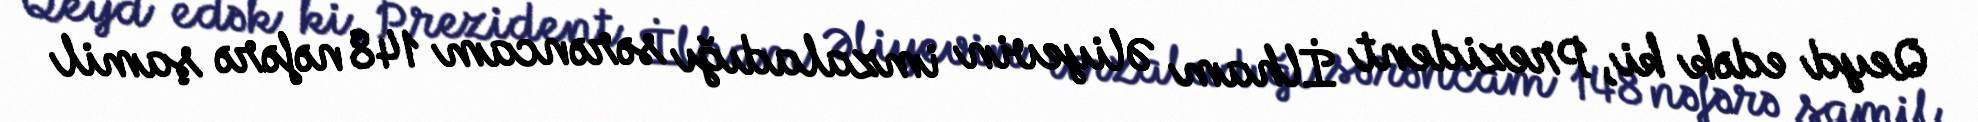
Qeyd edək ki, Prezident İlham Əliyevin imzaladığı sərəncam 148 nəfərə şamil